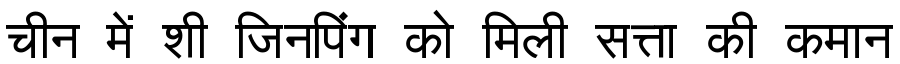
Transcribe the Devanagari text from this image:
चीन में शी जिनपिंग को मिली सत्ता की कमान